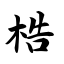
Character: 梏